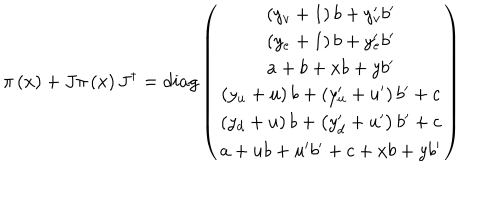
\pi \left( x \right) + J \pi \left( x \right) J ^ { \dagger } = d i a g \left( \begin{array} { c } { { \left( y _ { v } + 1 \right) b + y _ { v } ^ { \prime } b ^ { \prime } } } \\ { { \left( y _ { e } + 1 \right) b + y _ { e } ^ { \prime } b ^ { \prime } } } \\ { { a + b + x b + y b ^ { \prime } } } \\ { { \left( y _ { u } + u \right) b + \left( y _ { u } ^ { \prime } + u ^ { \prime } \right) b ^ { \prime } + c } } \\ { { \left( y _ { d } + u \right) b + \left( y _ { d } ^ { \prime } + u ^ { \prime } \right) b ^ { \prime } + c } } \\ { { a + u b + u ^ { \prime } b ^ { \prime } + c + x b + y b ^ { \prime } } } \\ \end{array} \right)